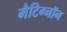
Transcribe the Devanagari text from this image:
मैटिग्नॉन